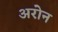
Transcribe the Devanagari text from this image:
अरोन